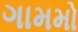
ગામમો